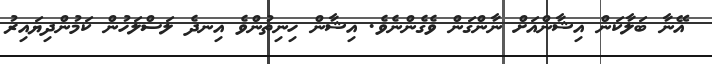
އޭނާ ބަލާކަން އިޝާންއަށް ނާންގަން ވެގެންނެވެ. އިޝާން ހިނިތުންވެ އިނދެ ލަސްލަހުން ކަމުންދިޔައިރު